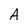
Character: A